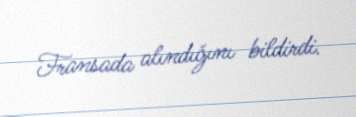
Fransada alındığını bildirdi.